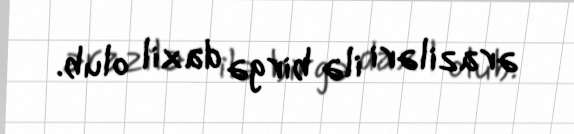
əraziləri ilə birgə daxil olub.